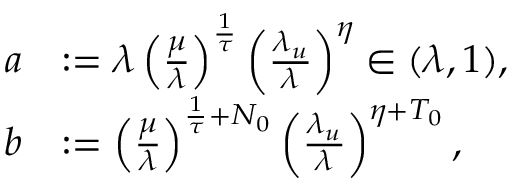
\begin{array} { r l } { a } & { : = \lambda \left( \frac { \mu } { \lambda } \right) ^ { \frac { 1 } { \tau } } \left( \frac { \lambda _ { u } } { \lambda } \right) ^ { \eta } \in ( \lambda , 1 ) , } \\ { b } & { : = \left( \frac { \mu } { \lambda } \right) ^ { \frac { 1 } { \tau } + N _ { 0 } } \left( \frac { \lambda _ { u } } { \lambda } \right) ^ { \eta + T _ { 0 } } , } \end{array}